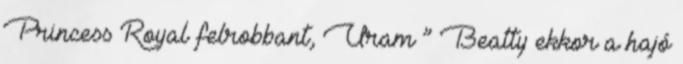
Princess Royal felrobbant, Uram ” Beatty ekkor a hajó